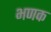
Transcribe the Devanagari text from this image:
भणक